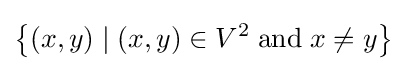
\left\{(x,y)\mid (x,y)\in V^{2}\;{\textrm {and}}\;x\neq y\right\}